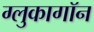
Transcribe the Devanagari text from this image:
ग्लुकागॉन